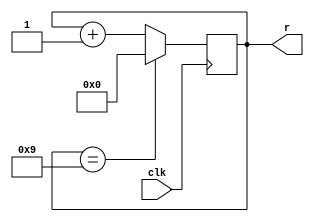
module main(clk, r);

input clk;
output reg[3:0] r = 4'd0;

always @(posedge clk)
begin

	if(r == 4'd9)
		r <= 4'd0;
	else
		r <= r + 4'd1;
end

endmodule